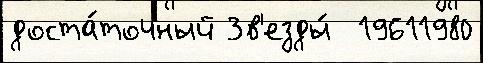
доста́точный Зв'езды́  19611980